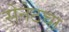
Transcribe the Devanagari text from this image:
सेनेटचा